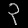
Digit: ၃